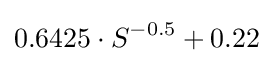
0.6425\cdot S^{-0.5}+0.22